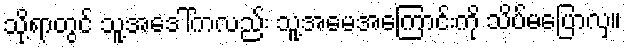
သို့ရာတွင် သူ့အဒေါ်ကလည်း သူ့အမေအကြောင်းကို သိပ်မပြောလှ။